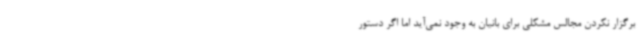
برگزار نکردن مجالس مشکلی برای بانیان به وجود نمی‌آید اما اگر دستور